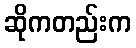
ဆိုကတည်းက